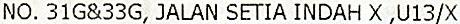
NO. 31G&33G, JALAN SETIA INDAH X ,U13/X